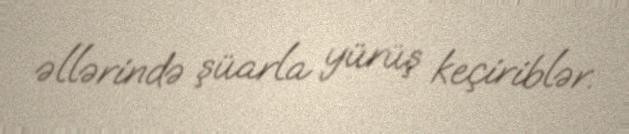
əllərində şüarla yürüş keçiriblər.